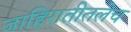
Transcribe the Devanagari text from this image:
जाहिरातीतलेच